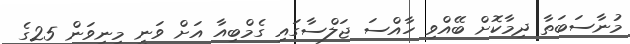
މުނާސަބަތާ ދިމާކޮށް ބޭއްވި ހާއްސަ ޖަލްސާގައި ގެމްބިއާ އަށް ވަނީ މިނިވަން 25ގެ